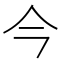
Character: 今